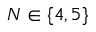
N \in \{ 4 , 5 \}